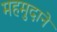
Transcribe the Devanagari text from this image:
महमुदाने